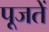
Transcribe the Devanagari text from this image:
पूजतें